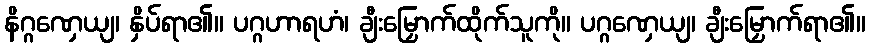
နိဂ္ဂဏှေယျ၊ နှိပ်ရာ၏။ ပဂ္ဂဟာရဟံ၊ ချီးမြှောက်ထိုက်သူကို။ ပဂ္ဂဏှေယျ၊ ချီးမြှောက်ရာ၏။